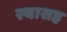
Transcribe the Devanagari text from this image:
स्‍वासह